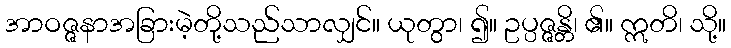
အာဝဇ္ဇနာအခြားမဲ့တို့သည်သာလျှင်။ ယုတွာ၊ ၍။ ဥပ္ပဇ္ဇန္တိ၊ ၏။ ဣတိ၊ သို့။